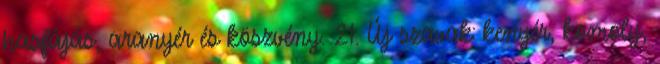
hasfájás, aranyér és köszvény. 21. Új szavak: kenyér, komoly,